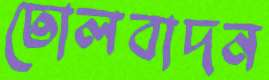
ঢোলবাদন